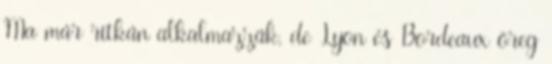
Ma már ritkán alkalmazzák, de Lyon és Bordeaux öreg